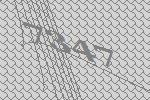
7347